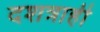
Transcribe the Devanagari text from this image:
दशत्राही